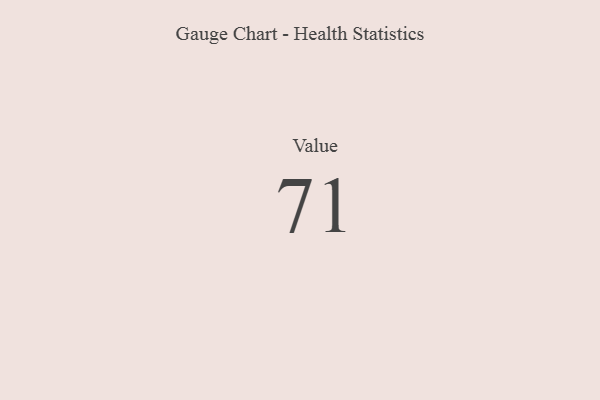
{"axis": {"x": "Metric", "y": "Value"}, "legend": [""], "data": [{"x": "Value", "y": 71, "type": ""}]}